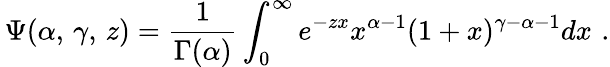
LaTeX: \, \Psi(\alpha,\, \gamma,\, z)=\frac{1}{\Gamma(\alpha)}\int_{0}^{\infty}e^{-zx}x^{\alpha-1}(1+x)^{\gamma-\alpha-1}dx\, \, .